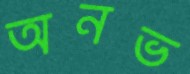
অনভ